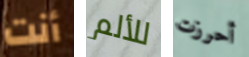
أنت للألم أحرزت